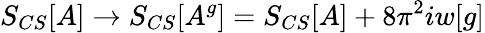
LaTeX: S_{CS}[A]\to S_{CS}[A^{g}]=S_{CS}[A]+8\pi^{2}iw[g]